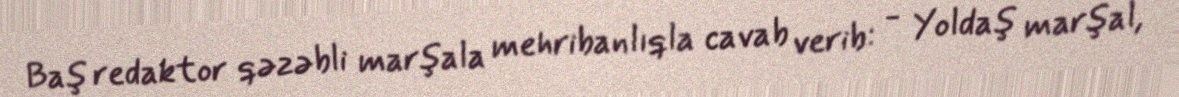
Baş redaktor qəzəbli marşala mehribanlıqla cavab verib: - Yoldaş marşal,